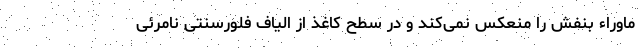
ماوراء بنفش را منعکس نمی‌کند و در سطح کاغذ از الیاف فلورسنتی نامرئی